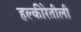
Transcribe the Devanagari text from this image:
हल्‍कीरेतीली